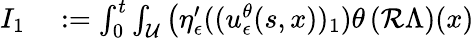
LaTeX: \begin{array}{rl}{I_{1}}&{{}:=\int_{0}^{t}\int_{\mathcal{U}}\big(\eta_{\epsilon}^{\prime}((u_{\epsilon}^{\theta}(s,x))_{1})\theta\left(\mathcal{R}\Lambda\right)(x)}\end{array}